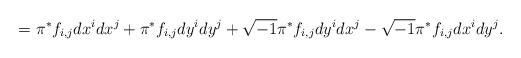
LaTeX: \begin{align*}=\pi^* f_{i,j} dx^i dx^j+\pi^* f_{i,j} dy^idy^j+\sqrt{-1}\pi^* f_{i,j} dy^idx^j-\sqrt{-1}\pi^* f_{i,j} dx^i dy^j.\end{align*}